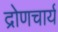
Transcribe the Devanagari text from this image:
द्रोणचार्य